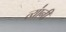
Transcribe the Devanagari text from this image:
त्या॑नी